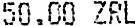
50.00 ZRL